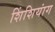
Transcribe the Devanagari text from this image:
शिंशियांग